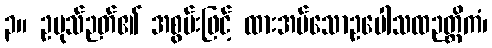
၃။ ဥပုသ်ဉတ်၏ အစွမ်းဖြင့် ထားအပ်သောဥပေါသထဉတ္တိကံ၊